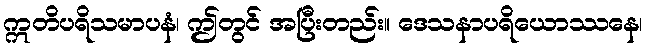
ဣတိပရိသမာပနံ၊ ဤတွင် အပြီးတည်း။ ဒေသနာပရိယောဿနေ၊